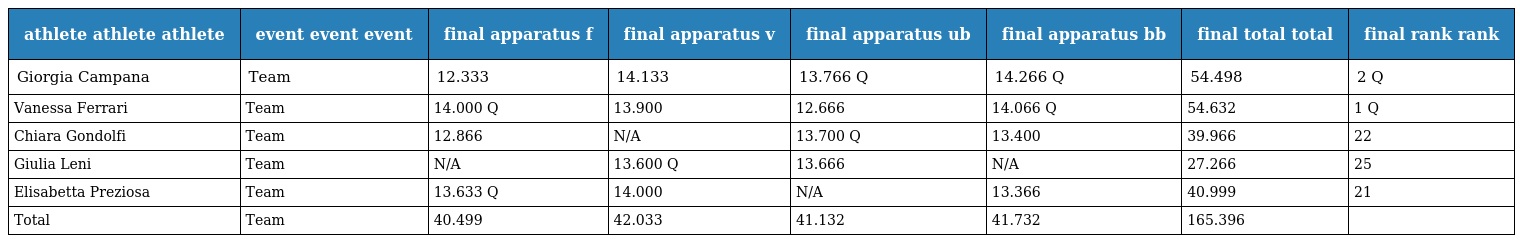
| athlete athlete athlete | event event event | final apparatus f | final apparatus v | final apparatus ub | final apparatus bb | final total total | final rank rank |
 | --- | --- | --- | --- | --- | --- | --- | --- |
 | Giorgia Campana | Team | 12.333 | 14.133 | 13.766 Q | 14.266 Q | 54.498 | 2 Q |
 | Vanessa Ferrari | Team | 14.000 Q | 13.900 | 12.666 | 14.066 Q | 54.632 | 1 Q |
 | Chiara Gondolfi | Team | 12.866 | N/A | 13.700 Q | 13.400 | 39.966 | 22 |
 | Giulia Leni | Team | N/A | 13.600 Q | 13.666 | N/A | 27.266 | 25 |
 | Elisabetta Preziosa | Team | 13.633 Q | 14.000 | N/A | 13.366 | 40.999 | 21 |
 | Total | Team | 40.499 | 42.033 | 41.132 | 41.732 | 165.396 |  |